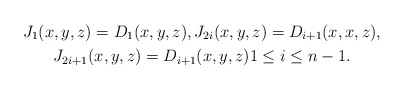
\begin{gather*} J_1(x,y,z) = D_1(x,y,z), J_{2i}(x,y,z) = D_{i+1}(x,x,z), \\ J_{2i+1}(x,y,z) = D_{i+1}(x,y,z) 1\leq i\leq n-1.\end{gather*}